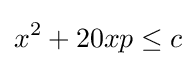
x^{2}+20xp\leq c